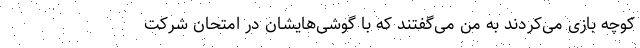
کوچه بازی می‌کردند به من می‌گفتند که با گوشی‌هایشان در امتحان شرکت